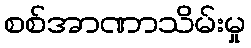
စစ်အာဏာသိမ်းမှု